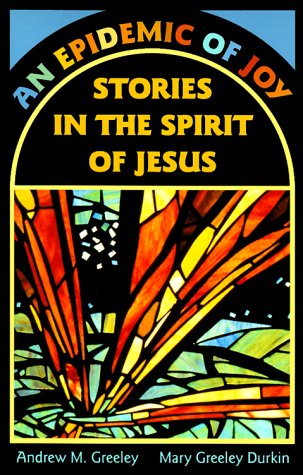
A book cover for An Epidemic of Joy: Stories in the Spirit of Jesus; Andrew M Greeley; Parenting & Relationships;